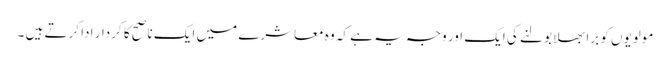
مولویوں کو برا بھلا بولنے کی ایک اور وجہ یہ ہے کہ وہ معاشرے میں ایک ناصح کا کردار ادا کرتے ہیں ۔